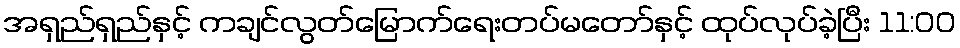
အရှည်ရှည်နှင့် ကချင်လွတ်မြောက်ရေးတပ်မတော်နှင့် ထုပ်လုပ်ခဲ့ပြီး 11:00